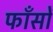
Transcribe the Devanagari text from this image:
फाँसों